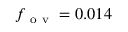
f _ { \mathrm { ~ o ~ v ~ } } = 0 . 0 1 4